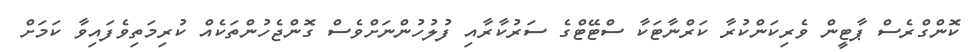
ކޮންގްރެސް ޕާޓީން ވެރިކަންކުރާ ކަރްނާޓަކާ ސްޓޭޓްގެ ސަރުކާރާއި ފުލުހުންނަށްވެސް ގޮންޖެހުންތަކެއް ކުރިމަތިވެފައިވާ ކަމަށް